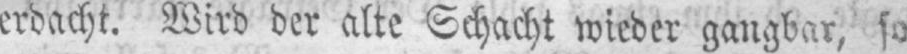
erdacht. Wird der alte Schacht wieder gangbar, so